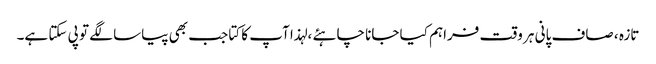
تازہ ، صاف پانی ہر وقت فراہم کیا جانا چاہئے ، لہذا آپ کا کتا جب بھی پیاسا لگے تو پی سکتا ہے۔